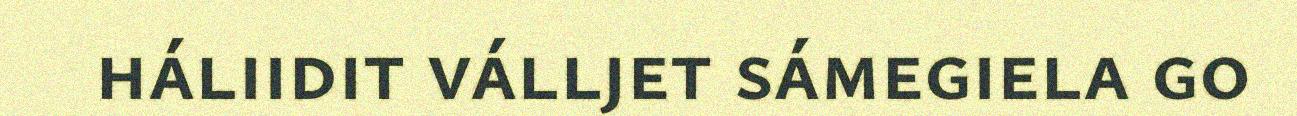
háliidit válljet sámegiela go